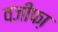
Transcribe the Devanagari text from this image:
वजीफा़